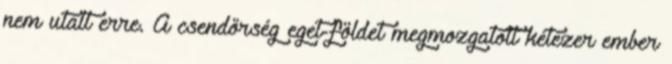
nem utalt erre. A csendőrség eget-földet megmozgatott kétezer ember